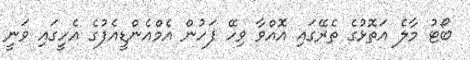
ބޯޓު މާލެ އަތޮޅުގެ ތެރޭގައި އޮއްވާ ވިހޭ ފަހުން އެމްއެންޑީއެފުގެ އެހީގައި ވަނީ